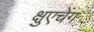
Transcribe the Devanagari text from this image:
क्षुएचेंग